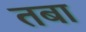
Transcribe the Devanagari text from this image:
तबा